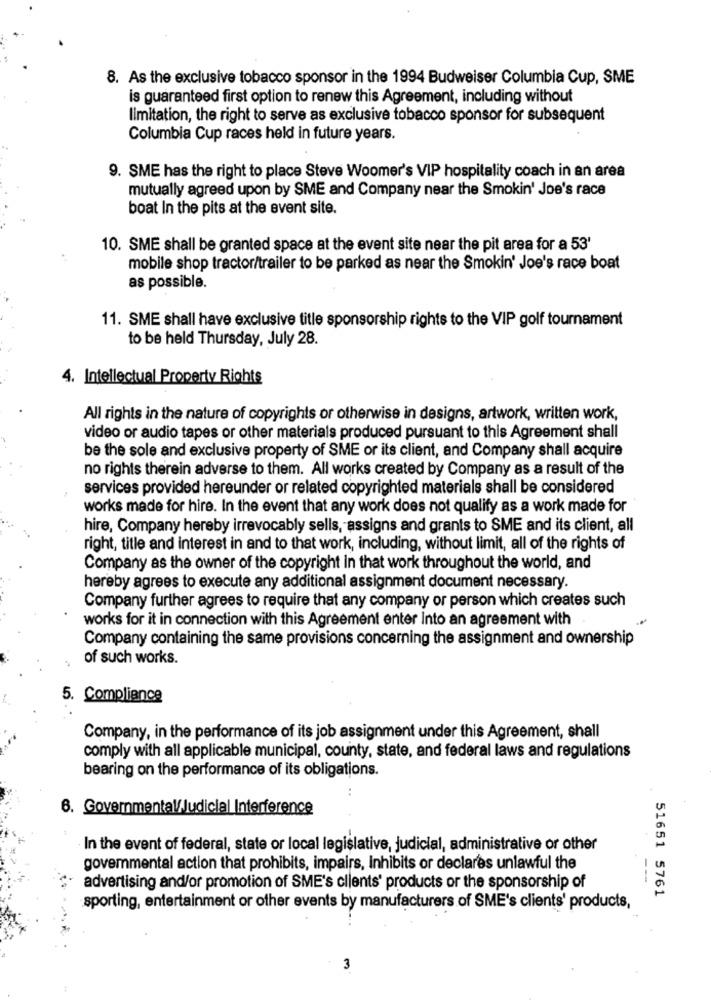
8. As the exclusive tobacco sponsor in the 1994 Budweiser Columbia Cup, SME
is guaranteed first option to renew this Agreement, including without
limitation, the right to serve as exclusive tobacco sponsor for subsequent
Columbia Cup races held in future years.
9. SME has the right to place Steve Woomer's VIP hospitality coach in an area
mutually agreed upon by SME and Company near the Smokin' Joe's race
boat In the pits at the event site.
10. SME shall be granted space at the event site near the pit area for a 53'
mobile shop tractor/trailer to be parked as near the Smokin' Joe's race boat
as possible.
11. SME shall have exclusive title sponsorship rights to the VIP golf tournament
to be held Thursday, July 28.
4. Intellectual Property Rights
All rights in the nature of copyrights or otherwise in designs, artwork, written work,
video or audio tapes or other materials produced pursuant to this Agreement shall
be the sole and exclusive property of SME or its client, and Company shall acquire
no rights therein adverse to them. All works created by Company as a result of the
services provided hereunder or related copyrighted materials shall be considered
works made for hire. In the event that any work does not qualify as a work made for
hire, Company hereby irrevocably sells, assigns and grants to SME and its client, all
right, title and interest in and to that work, including, without limit, all of the rights of
Company as the owner of the copyright in that work throughout the world, and
hereby agrees to execute any additional assignment document necessary.
Company further agrees to require that any company or person which creates such
works for it in connection with this Agreement enter into an agreement with
Company containing the same provisions concerning the assignment and ownership
of such works.
5. Compliance
Company, in the performance of its job assignment under this Agreement, shall
comply with all applicable municipal, county, state, and federal laws and regulations
bearing on the performance of its obligations.
6. Governmental/Judicial Interference
In the event of federal, state or local legislative, Judicial, administrative or other
govemmental action that prohibits, impairs, Inhibits or declares unlawful the
advertising and/or promotion of SME's clients' products or the sponsorship of
51651 5761
sporting, entertainment or other events by manufacturers of SME's clients' products,
3